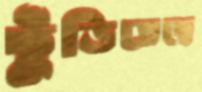
ছুঁড়িতেছে